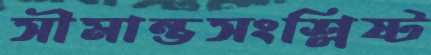
সীমান্তসংশ্লিষ্ট